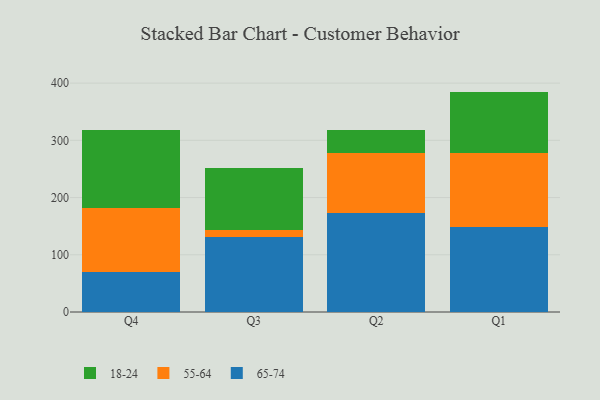
{"axis": {"x": "Quarter", "y": "Budget (USD K)"}, "legend": ["18-24", "55-64", "65-74"], "data": [{"x": "Q4", "y": 69.2, "type": "65-74"}, {"x": "Q4", "y": 112.4, "type": "55-64"}, {"x": "Q4", "y": 136.6, "type": "18-24"}, {"x": "Q3", "y": 130.7, "type": "65-74"}, {"x": "Q3", "y": 12.1, "type": "55-64"}, {"x": "Q3", "y": 108.3, "type": "18-24"}, {"x": "Q2", "y": 173.1, "type": "65-74"}, {"x": "Q2", "y": 105.3, "type": "55-64"}, {"x": "Q2", "y": 38.9, "type": "18-24"}, {"x": "Q1", "y": 148.1, "type": "65-74"}, {"x": "Q1", "y": 129.6, "type": "55-64"}, {"x": "Q1", "y": 107.5, "type": "18-24"}]}